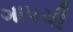
ગાપચી